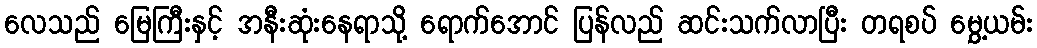
လေသည် မြေကြီးနှင့် အနီးဆုံးနေရာသို့ ရောက်အောင် ပြန်လည် ဆင်းသက်လာပြီး တရစပ် မွှေ့ယမ်း